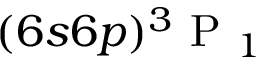
( 6 s 6 p ) \ensuremath { { ^ 3 \mathrm { ~ P ~ } _ { 1 } } }